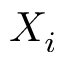
X _ { i }